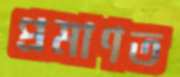
প্রমাণত